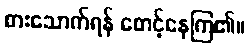
စားသောက်ရန် စောင့်နေကြ၏။